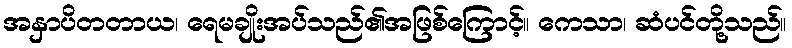
အနှာပိတတာယ၊ ရေမချိုးအပ်သည်၏အဖြစ်ကြောင့်။ ကေသာ၊ ဆံပင်တို့သည်။